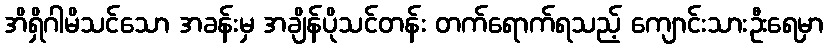
အိရှိဂါမိသင်သော အခန်းမှ အချိန်ပိုသင်တန်း တက်ရောက်ရသည့် ကျောင်းသားဦးရေမှာ